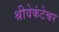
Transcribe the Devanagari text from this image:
श्रीवेकंटेश्वर